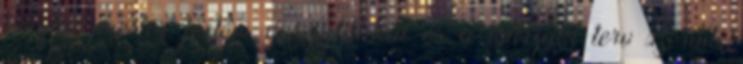
kinyúló mester födém gerendákkal és a műszaki terv szerinti